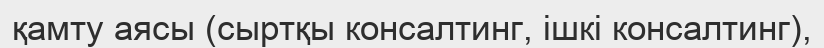
қамту аясы (сыртқы консалтинг, ішкі консалтинг),